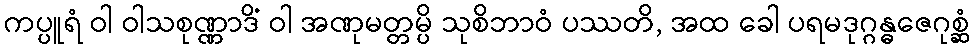
ကပ္ပူရံ ဝါ ဝါသစုဏ္ဏာဒိံ ဝါ အဏုမတ္တမ္ပိ သုစိဘာဝံ ပဿတိ, အထ ခေါ ပရမဒုဂ္ဂန္ဓဇေဂုစ္ဆံ